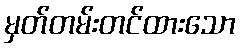
မှတ်တမ်းတင်ထားသော